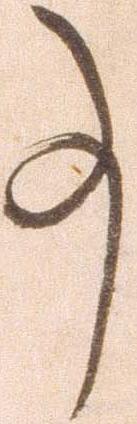
事